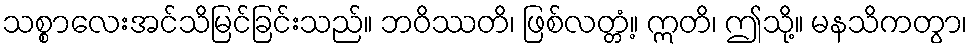
သစ္စာလေးအင်သိမြင်ခြင်းသည်။ ဘဝိဿတိ၊ ဖြစ်လတ္တံ့။ ဣတိ၊ ဤသို့။ မနသိကတွာ၊